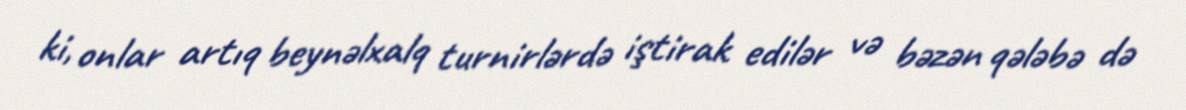
ki, onlar artıq beynəlxalq turnirlərdə iştirak edilər və bəzən qələbə də